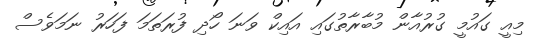
މިއީ ގައުމީ ގުރުއާން މުބާރާތުގައި އައިކް ވަނަ ހޯދި ފުރަތަމަ ފަހަރު ނަމަވެސް